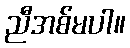
ညီအစ်မပါ။